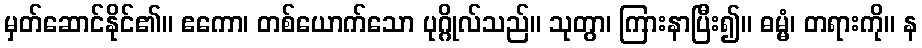
မှတ်ဆောင်နိုင်၏။ ဧကော၊ တစ်ယောက်သော ပုဂ္ဂိုလ်သည်။ သုတွာ၊ ကြားနာပြီး၍။ ဓမ္မံ၊ တရားကို။ န